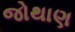
જોથાણ